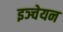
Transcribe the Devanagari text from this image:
इञ्चेयन